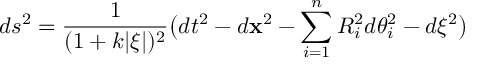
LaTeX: d s ^ { 2 } = \frac { 1 } { ( 1 + k | \xi | ) ^ { 2 } } \bigl ( d t ^ { 2 } - d { \bf x } ^ { 2 } - \sum _ { i = 1 } ^ { n } R _ { i } ^ { 2 } d \theta _ { i } ^ { 2 } - d \xi ^ { 2 } \bigr )